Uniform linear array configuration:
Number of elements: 8
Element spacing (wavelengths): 1
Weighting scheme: blackman
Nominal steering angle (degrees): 0
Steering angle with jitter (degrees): -1.646
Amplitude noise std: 0.05
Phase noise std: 0.05

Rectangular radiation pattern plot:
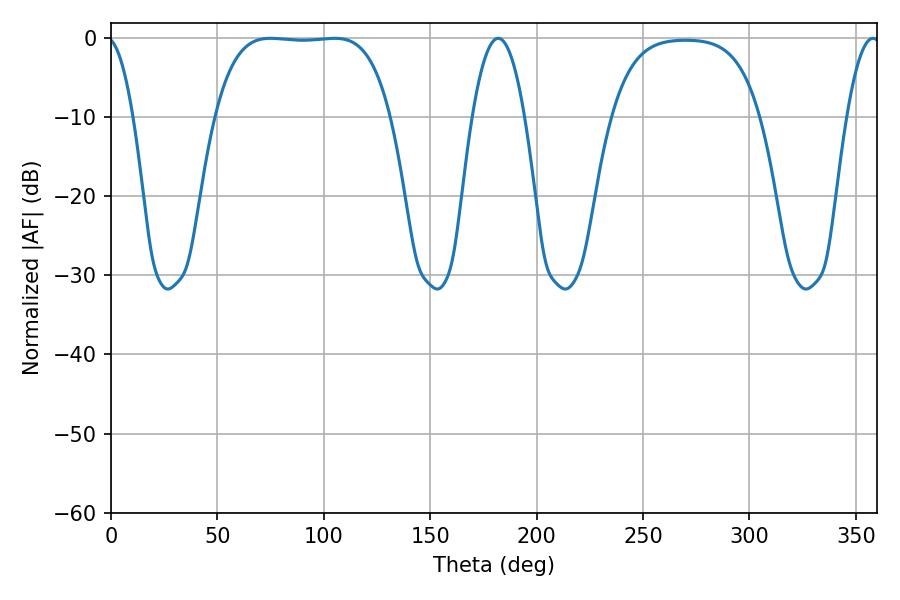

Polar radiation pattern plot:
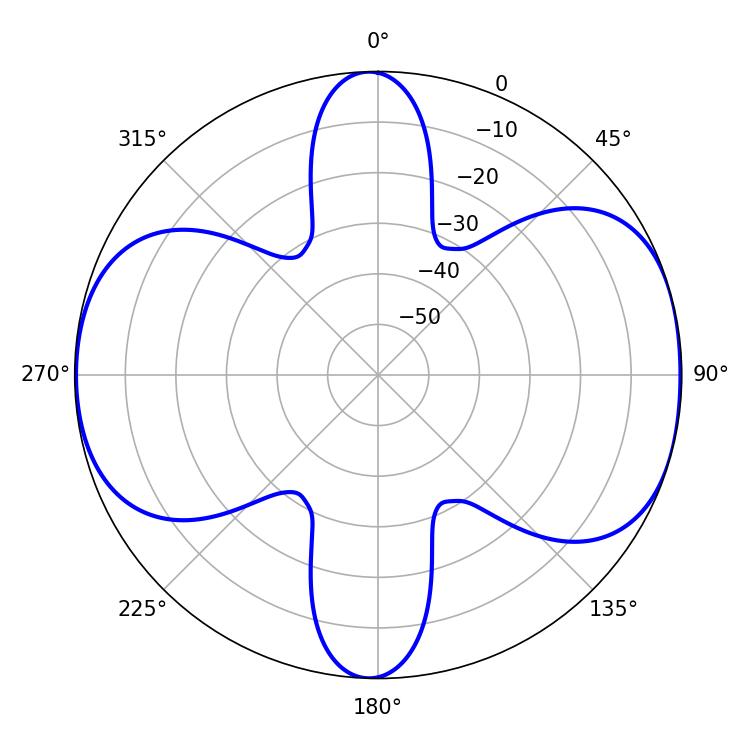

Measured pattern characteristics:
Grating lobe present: TRUE
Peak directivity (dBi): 8.83
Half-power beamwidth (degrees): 13.68
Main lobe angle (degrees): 181.98